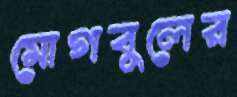
মোগবুলের